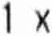
1 X